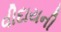
વીદાયની